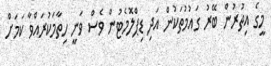
މީގެ އިތުރުން ބޭރު ގައުމުތަކުން އަދި ޑިޕްލޮމެޓުން ވެސް ވަނީ ހިތާމަކުރައްވާ ކަމަށް